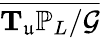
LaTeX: \overline{{\mathbf{T}_{\mathfrak{u}}\mathbb{P}_{L}/\mathcal{G}}}